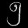
Digit: ၅